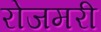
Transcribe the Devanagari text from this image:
रोजमरी